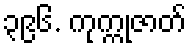
၃၉၆. ကုက္ကုဇာတ်